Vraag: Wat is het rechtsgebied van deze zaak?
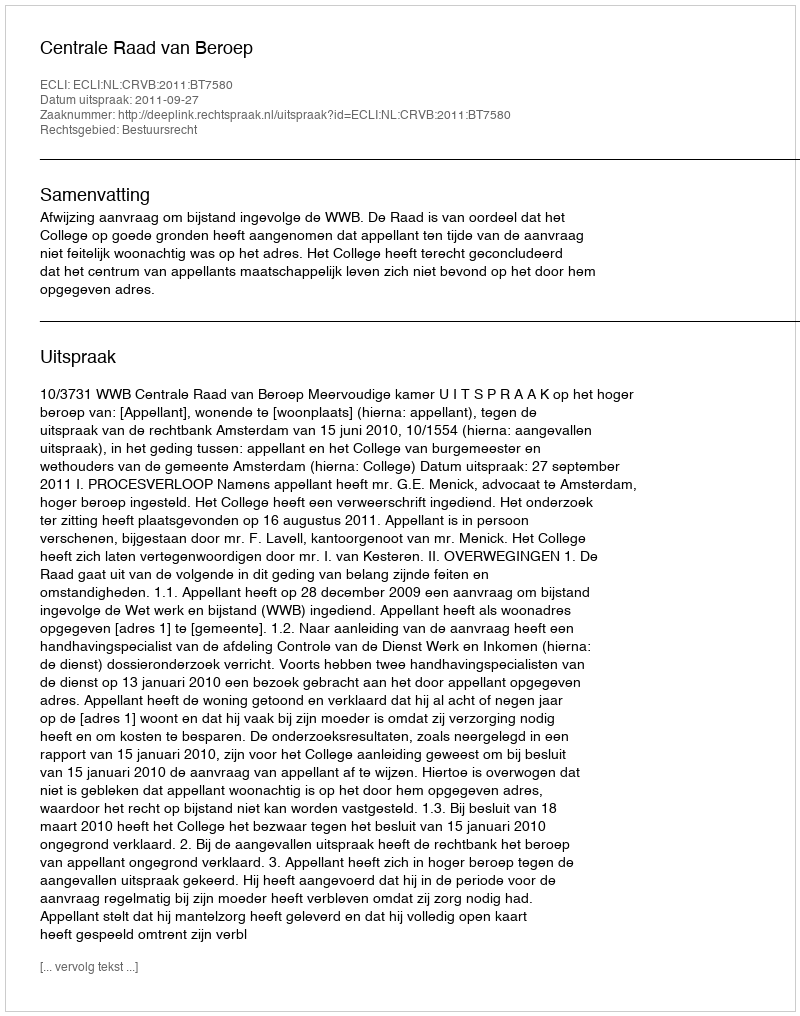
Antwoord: Bestuursrecht